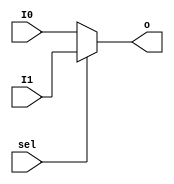
`timescale 1ns / 1ps
//////////////////////////////////////////////////////////////////////////////////
// Company: 
// Engineer: 
// 
// Design Name: 
// Module Name:    MUX2T1_32 
// Project Name: 
// Target Devices: 
// Tool versions: 
// Description: 
//
// Dependencies: 
//
// Revision: 
// Revision 0.01 - File Created
// Additional Comments: 
//
//////////////////////////////////////////////////////////////////////////////////
module MUX2T1_32(input [31:0] I0,
					  input [31:0] I1,
					  input sel,
					  output [31:0] o
    );
assign o = sel ? I1 : I0;

endmodule